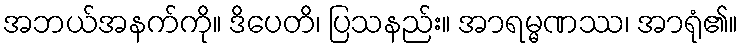
အဘယ်အနက်ကို။ ဒိပေတိ၊ ပြသနည်း။ အာရမ္မဏဿ၊ အာရုံ၏။